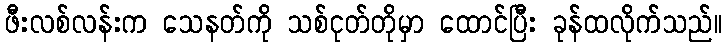
ဖီးလစ်လန်းက သေနတ်ကို သစ်ငုတ်တိုမှာ ထောင်ပြီး ခုန်ထလိုက်သည်။